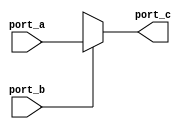
module FNC_NO_AVAC (port_a,port_b,port_c);
   input port_a, port_b;
   output port_c;
   wire port_c;
   assign port_c = func_a (port_a,port_b);
   function func_a;
      input port_a,port_b;
      if (port_b)
      func_a = port_a;
   endfunction
endmodule